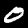
Label: 0